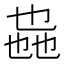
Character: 𫡩